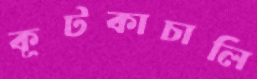
কূটকাচালি